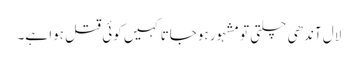
لال آندھی چلتی تو مشہور ہوجاتا کہیں کوئی قتل ہوا ہے۔